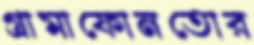
গ্রামাফোনতোর